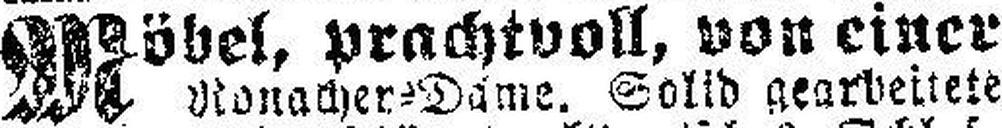
Möbel, prachtvoll, von einer